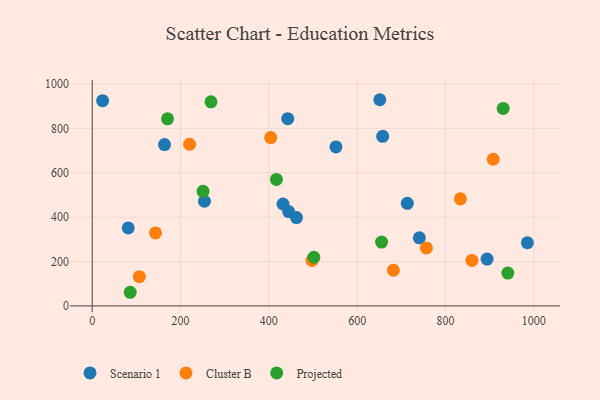
{"axis": {"x": "Investment", "y": "Rating"}, "legend": ["Cluster B", "Projected", "Scenario 1"], "data": [{"x": "432.0", "y": 459.4, "type": "Scenario 1"}, {"x": "651.2", "y": 929.5, "type": "Scenario 1"}, {"x": "462.5", "y": 398.2, "type": "Scenario 1"}, {"x": "442.7", "y": 844.2, "type": "Scenario 1"}, {"x": "254.1", "y": 471.9, "type": "Scenario 1"}, {"x": "81.5", "y": 351.4, "type": "Scenario 1"}, {"x": "740.7", "y": 307.1, "type": "Scenario 1"}, {"x": "713.4", "y": 462.3, "type": "Scenario 1"}, {"x": "985.3", "y": 284.7, "type": "Scenario 1"}, {"x": "163.7", "y": 727.1, "type": "Scenario 1"}, {"x": "657.7", "y": 764.3, "type": "Scenario 1"}, {"x": "894.0", "y": 211.2, "type": "Scenario 1"}, {"x": "23.6", "y": 925.1, "type": "Scenario 1"}, {"x": "551.9", "y": 716.9, "type": "Scenario 1"}, {"x": "444.8", "y": 425.2, "type": "Scenario 1"}, {"x": "404.2", "y": 759.1, "type": "Cluster B"}, {"x": "220.6", "y": 728.7, "type": "Cluster B"}, {"x": "106.7", "y": 132.0, "type": "Cluster B"}, {"x": "681.9", "y": 160.8, "type": "Cluster B"}, {"x": "497.7", "y": 205.3, "type": "Cluster B"}, {"x": "833.7", "y": 482.8, "type": "Cluster B"}, {"x": "859.7", "y": 205.3, "type": "Cluster B"}, {"x": "143.3", "y": 329.2, "type": "Cluster B"}, {"x": "908.0", "y": 661.1, "type": "Cluster B"}, {"x": "756.6", "y": 261.6, "type": "Cluster B"}, {"x": "170.5", "y": 843.4, "type": "Projected"}, {"x": "268.9", "y": 920.0, "type": "Projected"}, {"x": "655.2", "y": 288.0, "type": "Projected"}, {"x": "417.1", "y": 570.0, "type": "Projected"}, {"x": "941.0", "y": 148.1, "type": "Projected"}, {"x": "930.5", "y": 890.2, "type": "Projected"}, {"x": "86.1", "y": 61.5, "type": "Projected"}, {"x": "501.8", "y": 219.5, "type": "Projected"}, {"x": "250.9", "y": 516.7, "type": "Projected"}]}